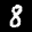
Label: 8